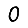
Digit: 0